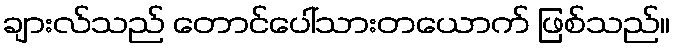
ချားလ်သည် တောင်ပေါ်သားတယောက် ဖြစ်သည်။